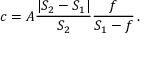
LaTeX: c = A { \frac { | S _ { 2 } - S _ { 1 } | } { S _ { 2 } } } { \frac { f } { S _ { 1 } - f } } \, .